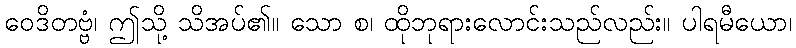
ဝေဒိတဗ္ဗံ၊ ဤသို့ သိအပ်၏။ သော စ၊ ထိုဘုရားလောင်းသည်လည်း။ ပါရမီယော၊